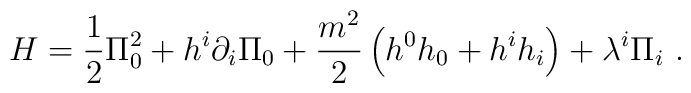
H=\frac{1}{2}\Pi _{0}^{2}+h^{i}\partial _{i}\Pi _{0}+\frac{m^{2}}{2}\left(h^{0}h_{0}+h^{i}h_{i}\right) +\lambda ^{i}\Pi _{i}\ .